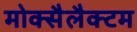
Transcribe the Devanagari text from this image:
मोक्सैलैक्टम